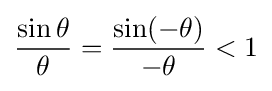
{\frac {\sin \theta }{\theta }}={\frac {\sin(-\theta )}{-\theta }}<1